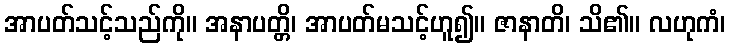
အာပတ်သင့်သည်ကို။ အနာပတ္တိ၊ အာပတ်မသင့်ဟူ၍။ ဇာနာတိ၊ သိ၏။ လဟုကံ၊